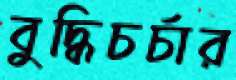
বুদ্ধিচর্চার